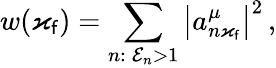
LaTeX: w(\varkappa_{\mathsf{f}})=\sum_{n:\: \mathcal{{E}}_{n}>1}\left|a_{n\varkappa_{\mathsf{f}}}^{\mu}\right|^{2}\, ,